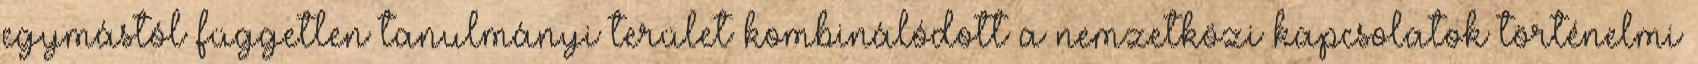
egymástól független tanulmányi terület kombinálódott a nemzetközi kapcsolatok történelmi